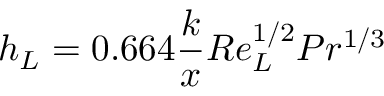
h _ { L } = 0 . 6 6 4 { \frac { k } { x } } R e _ { L } ^ { 1 / 2 } P r ^ { 1 / 3 }